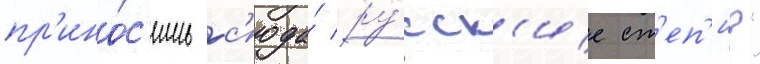
пр'ино́с'ишь с'юда́ ру́сск'ие ст'еп'и?"